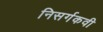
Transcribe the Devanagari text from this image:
निसर्गकवी